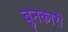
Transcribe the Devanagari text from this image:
बुनकारी